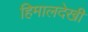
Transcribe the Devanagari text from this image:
हिमालदेखी